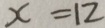
x = 1 2